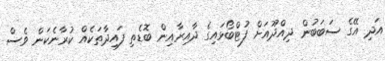
އަދި އޭގެ ސަބަބުން ދިއްދޫއަށް ފުޓްބޯޅައިގެ ދާއިރާއިން ބޮޑެތި ފައިދާތަކެއް ކުރާނެކަން ވެސް